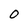
Character: 0